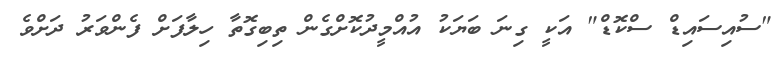
"ސުއިސައިޑް ސްކޮޑް" އަކީ ގިނަ ބަޔަކު އުއްމީދުކޮށްގެން ތިބިގޮތާ ހިލާފަށް ފެންވަރު ދަށްވެ